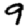
Digit: 9